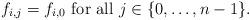
LaTeX: \begin{align*} f_{i,j}=f_{i,0} \mbox{ for all }j\in \{0,\ldots,n-1\}.\end{align*}